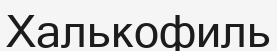
Халькофиль